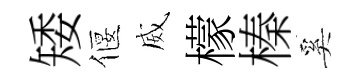
矮偃威檬榛奚